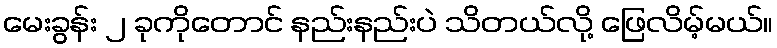
မေးခွန်း ၂ ခုကိုတောင် နည်းနည်းပဲ သိတယ်လို့ ဖြေလိမ့်မယ်။